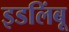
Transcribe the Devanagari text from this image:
इडलिंबू